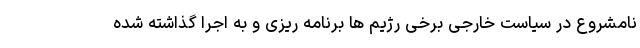
نامشروع در سیاست خارجی برخی رژیم ها برنامه ریزی و به اجرا گذاشته شده